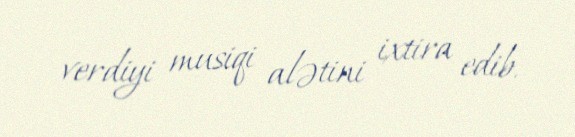
verdiyi musiqi alətini ixtira edib.